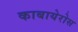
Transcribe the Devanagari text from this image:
काबायेरोस